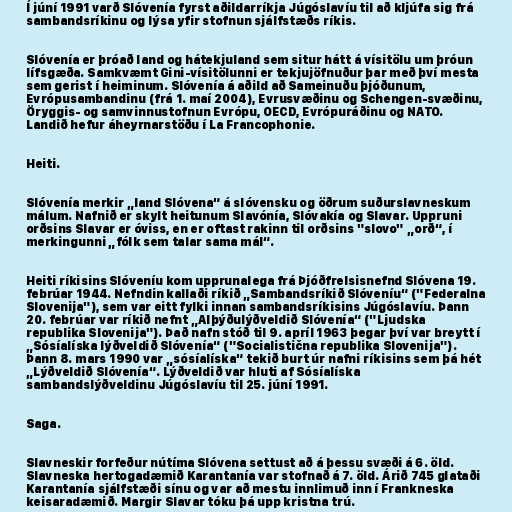
Í júní 1991 varð Slóvenía fyrst aðildarríkja Júgóslavíu til að kljúfa sig frá
sambandsríkinu og lýsa yfir stofnun sjálfstæðs ríkis.

Slóvenía er þróað land og hátekjuland sem situr hátt á vísitölu um þróun
lífsgæða. Samkvæmt Gini-vísitölunni er tekjujöfnuður þar með því mesta
sem gerist í heiminum. Slóvenía á aðild að Sameinuðu þjóðunum,
Evrópusambandinu (frá 1. maí 2004), Evrusvæðinu og Schengen-svæðinu,
Öryggis- og samvinnustofnun Evrópu, OECD, Evrópuráðinu og NATO.
Landið hefur áheyrnarstöðu í La Francophonie.

Heiti.

Slóvenía merkir „land Slóvena“ á slóvensku og öðrum suðurslavneskum
málum. Nafnið er skylt heitunum Slavónía, Slóvakía og Slavar. Uppruni
orðsins Slavar er óviss, en er oftast rakinn til orðsins "slovo" „orð“, í
merkingunni „fólk sem talar sama mál“.

Heiti ríkisins Slóveníu kom upprunalega frá Þjóðfrelsisnefnd Slóvena 19.
febrúar 1944. Nefndin kallaði ríkið „Sambandsríkið Slóveníu“ ("Federalna
Slovenija"), sem var eitt fylki innan sambandsríkisins Júgóslavíu. Þann
20. febrúar var ríkið nefnt „Alþýðulýðveldið Slóvenía“ ("Ljudska
republika Slovenija"). Það nafn stóð til 9. apríl 1963 þegar því var breytt í
„Sósíalíska lýðveldið Slóvenía“ ("Socialistična republika Slovenija").
Þann 8. mars 1990 var „sósíalíska“ tekið burt úr nafni ríkisins sem þá hét
„Lýðveldið Slóvenía“. Lýðveldið var hluti af Sósíalíska
sambandslýðveldinu Júgóslavíu til 25. júní 1991.

Saga.

Slavneskir forfeður nútíma Slóvena settust að á þessu svæði á 6. öld.
Slavneska hertogadæmið Karantanía var stofnað á 7. öld. Árið 745 glataði
Karantanía sjálfstæði sínu og var að mestu innlimuð inn í Frankneska
keisaradæmið. Margir Slavar tóku þá upp kristna trú.